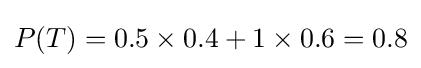
P(T)=0.5\times 0.4+1\times 0.6=0.8